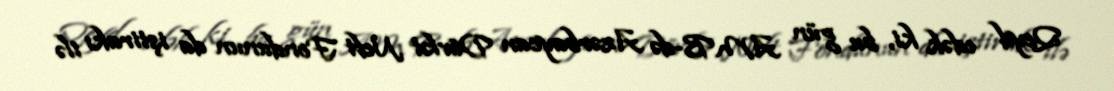
Qeyd edək ki, bu gün AMB-də Azərbaycan Dövlət Neft Fondunun da iştirakı ilə